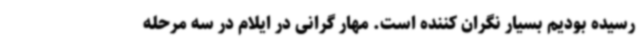
رسیده بودیم بسیار نگران کننده است. مهار گرانی در ایلام در سه مرحله